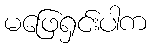
မဖြေရှင်းပါက